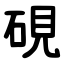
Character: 硯